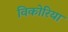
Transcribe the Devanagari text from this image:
विकोरिया